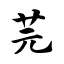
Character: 芫